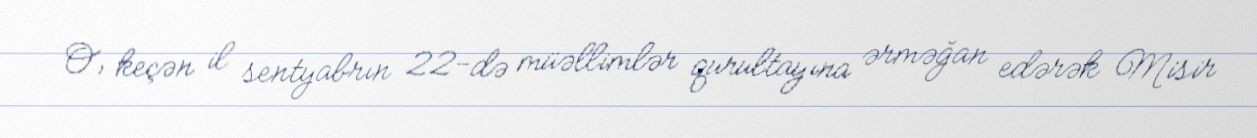
O, keçən il sentyabrın 22-də müəllimlər qurultayına ərməğan edərək Misir